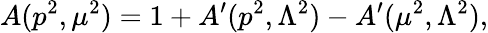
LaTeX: A(p^{2},\mu^{2})=1+A^{\prime}(p^{2},\Lambda^{2})-A^{\prime}(\mu^{2},\Lambda^{2}),